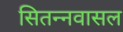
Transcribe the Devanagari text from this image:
सितन्नवासल